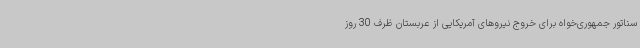
سناتور جمهوری‌خواه برای خروج نیروهای آمریکایی از عربستان ظرف 30 روز